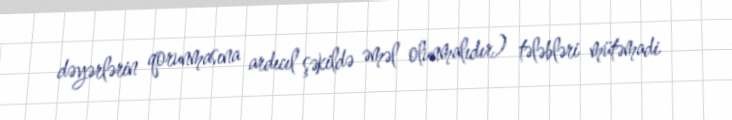
dəyərlərin qorunmasına ardıcıl şəkildə əməl olunmalıdır) tələbləri mütəmadi